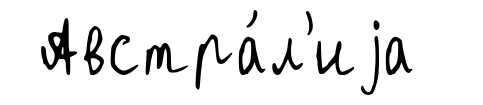
Австра́л'иjа